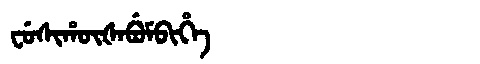
Manchu: ᠸᡠᠰᡳᡥᡡᡧᠠᠪᡠᠮᠪᡳᡥᡝ
Romanization: FUSIHŪŠABUMBIHE